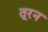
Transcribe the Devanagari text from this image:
तूरन